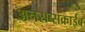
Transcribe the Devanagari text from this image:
अनसब्सक्राईब